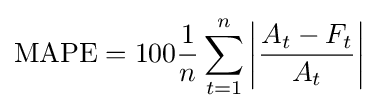
{\mbox{MAPE}}=100{\frac {1}{n}}\sum _{t=1}^{n}\left|{\frac {A_{t}-F_{t}}{A_{t}}}\right|